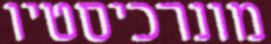
מונרכיסטיו